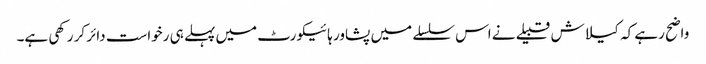
واضح رہے کہ کیلاش قبیلے نے اس سلسلے میں پشاور ہائیکورٹ میں پہلے ہی رخواست دائر کر رکھی ہے۔